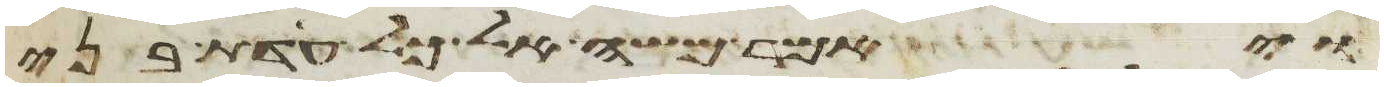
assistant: ויאמר משה אל כל עדת בני